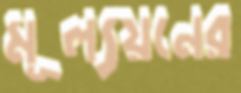
মূল্যয়নের